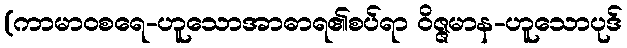
(ကာမာဝစရေ-ဟူသောအာဓာရ၏စပ်ရာ ဝိဇ္ဇမာန-ဟူသောပုဒ်